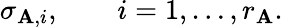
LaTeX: \sigma_{\mathbf{A},i},\qquad i=1,\ldots,r_{\mathbf{A}}.